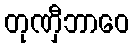
တုဏှီဘာဝေ